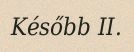
Később II.